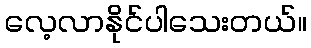
လေ့လာနိုင်ပါသေးတယ်။